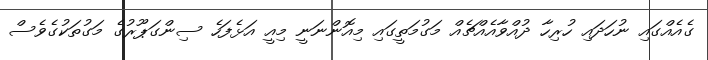
ގެއެއްގައި ނުހަދައި ހުރިހާ ދުއްވާއެއްޗެއް މަގުމަތީގައި މިއޮންނަނީ މިއީ އަޅެފަހެ ސިންގަޕޫރުގެ މަގުތަކުގެވެސް